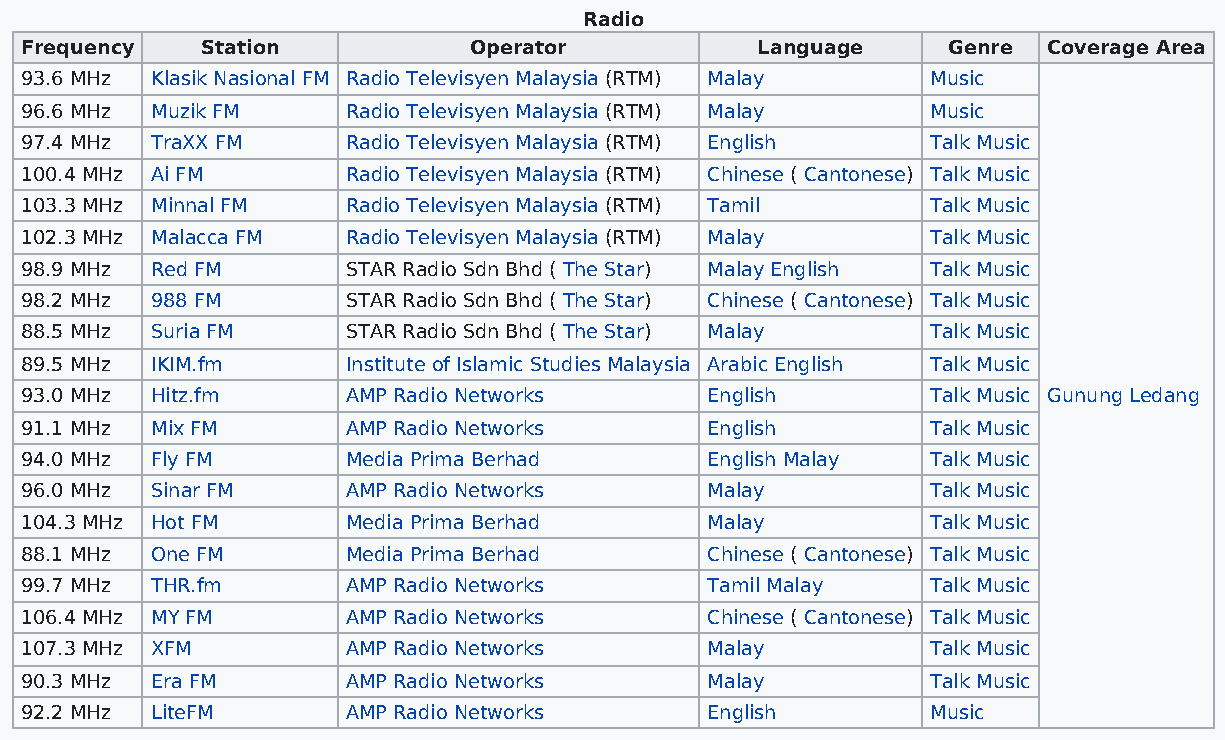
Radio
 Frequency   Station           Operator           Language     Genre Coverage Area
 93.6 MHz Klasik Nasional FM Radio Televisyen Malaysia (RTM) Malay Music
 96.6 MHz Muzik FM     Radio Televisyen Malaysia (RTM) Malay  Music
 97.4 MHz TraXX FM     Radio Televisyen Malaysia (RTM) English Talk Music
 100.4 MHz Ai FM       Radio Televisyen Malaysia (RTM) Chinese ( Cantonese) Talk Music
 103.3 MHz Minnal FM   Radio Televisyen Malaysia (RTM) Tamil  Talk Music
 102.3 MHz Malacca FM  Radio Televisyen Malaysia (RTM) Malay  Talk Music
 98.9 MHz Red FM       STAR Radio Sdn Bhd ( The Star) Malay English Talk Music
 98.2 MHz 988 FM       STAR Radio Sdn Bhd ( The Star) Chinese ( Cantonese) Talk Music
 88.5 MHz Suria FM     STAR Radio Sdn Bhd ( The Star) Malay   Talk Music
 89.5 MHz IKIM.fm      Institute of Islamic Studies Malaysia Arabic English Talk Music
 93.0 MHz Hitz.fm      AMP Radio Networks      English        Talk Music Gunung Ledang
 91.1 MHz Mix FM       AMP Radio Networks      English        Talk Music
 94.0 MHz Fly FM       Media Prima Berhad      English Malay  Talk Music
 96.0 MHz Sinar FM     AMP Radio Networks      Malay          Talk Music
 104.3 MHz Hot FM      Media Prima Berhad      Malay          Talk Music
 88.1 MHz One FM       Media Prima Berhad      Chinese ( Cantonese) Talk Music
 99.7 MHz THR.fm       AMP Radio Networks      Tamil Malay    Talk Music
 106.4 MHz MY FM       AMP Radio Networks      Chinese ( Cantonese) Talk Music
 107.3 MHz XFM         AMP Radio Networks      Malay          Talk Music
 90.3 MHz Era FM       AMP Radio Networks      Malay          Talk Music
 92.2 MHz LiteFM       AMP Radio Networks      English        Music